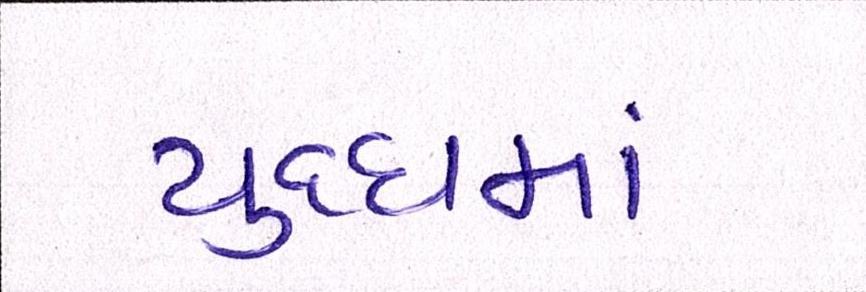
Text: યુધ્ધમાં